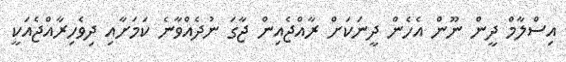
އިސްލާމް ދީން ނޫން އެހެން ދީނަކަށް ރާއްޖެއިން ޖާގަ ނުދެއްވާނެ ކަމަށާއި ދިވެހިރާއްޖެއަކީ